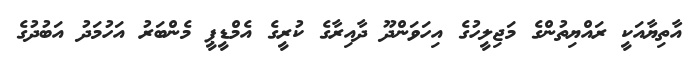
އާތިޔާއަކީ ރައްޔިތުންގެ މަޖިލީހުގެ އިހަވަންދޫ ދާއިރާގެ ކުރީގެ އެމްޑީޕީ މެންބަރު އަހުމަދު އަބުދުގެ